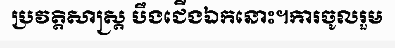
ប្រវត្តិសាស្ត្រ បឹងជើងឯកនោះ។ការចូលរួម